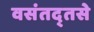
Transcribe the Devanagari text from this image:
वसंतद्तसे